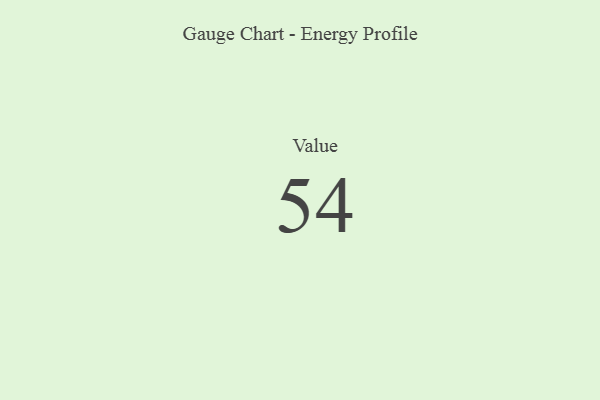
{"axis": {"x": "Metric", "y": "Value"}, "legend": [""], "data": [{"x": "Value", "y": 54, "type": ""}]}